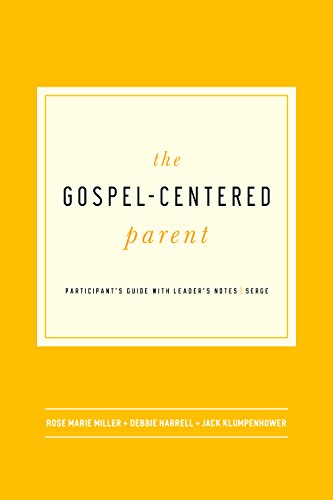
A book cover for The Gospel-Centered Parent; Rose Marie Miller; Christian Books & Bibles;